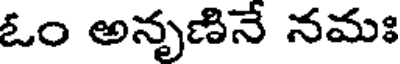
ఓం అనృణినే నమః